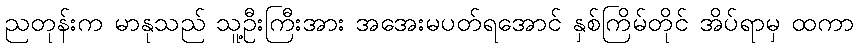
ညတုန်းက မာနုသည် သူ့ဦးကြီးအား အအေးမပတ်ရအောင် နှစ်ကြိမ်တိုင် အိပ်ရာမှ ထကာ